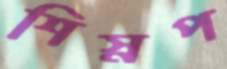
শিস্নপ